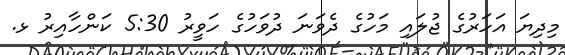
މިދިޔަ އަހަރުގެ ޖުލައި މަހުގެ ދެވަނަ ދުވަހުގެ ހަވީރު 5:30 ކަންހާއިރު ޅ.